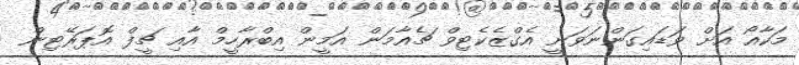
މަކާއޯ އަށް ވަޑައިގަންނަވަނީ އެގްޒެކެޓިވް ޗެއާމަން އަމީން އިބްރާހީމް އާއި ޗީފް އޮޕަރޭޓިން